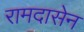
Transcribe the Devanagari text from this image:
रामदासेन